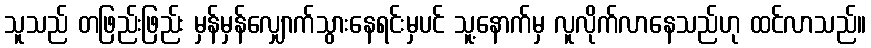
သူသည် တဖြည်းဖြည်း မှန်မှန်လျှောက်သွားနေရင်းမှပင် သူ့နောက်မှ လူလိုက်လာနေသည်ဟု ထင်လာသည်။